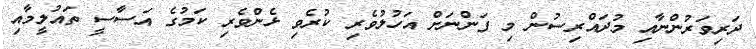
ދަރިވަރުންނާއި މުދައްރިސުން މި ފަންނަށް އަހުލުވެރި ކުރެވި ޅެންވެރި ކަމުގެ އަސާސީ ތައުލީމާއި